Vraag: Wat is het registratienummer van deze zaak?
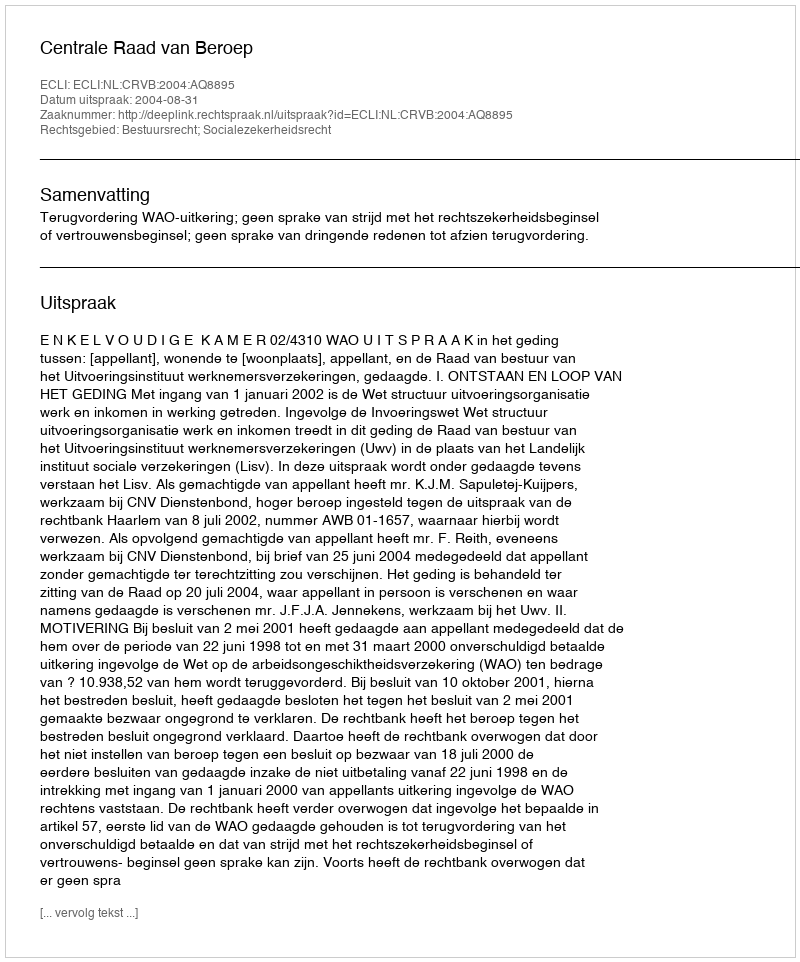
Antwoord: http://deeplink.rechtspraak.nl/uitspraak?id=ECLI:NL:CRVB:2004:AQ8895